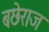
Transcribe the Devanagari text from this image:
बछेराज